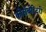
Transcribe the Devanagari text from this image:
कोलॅबोरेटरी